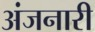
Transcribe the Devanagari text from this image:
अंजनारी